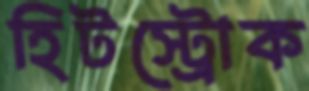
হিটস্ট্রোক